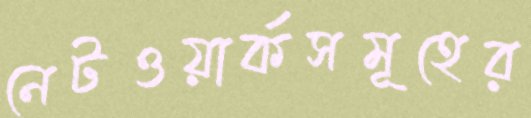
নেটওয়ার্কসমূহের